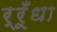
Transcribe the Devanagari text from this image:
र्रूँधा